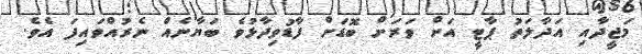
މަޖީދާއި އަދާލަތު ޕާޓީ އަށް ވަރަށް ބޮޑަށް ފާޑުވިދާޅުވެ ބަޔާނެއް ނެރުއްވައިފަ އެވެ.